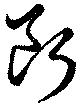
断